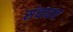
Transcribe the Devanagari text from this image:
संचारत